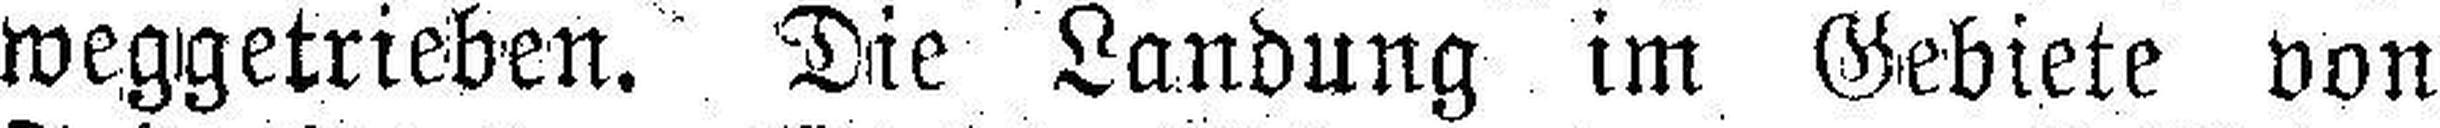
weggetrieben. Die Landung im Gebiete von